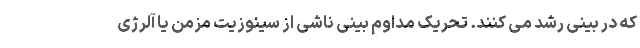
که در بینی رشد می کنند. تحریک مداوم بینی ناشی از سینوزیت مزمن یا آلرژی